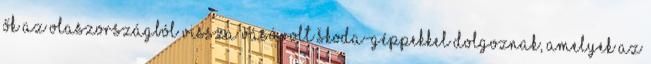
ők az Olaszországból vissza vásárolt Škoda-géppekkel dolgoznak, amelyek az